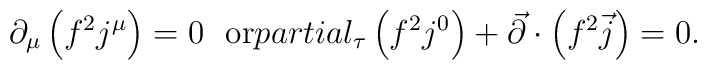
\partial_\mu\left(f^2j^\mu\right)=0\ \ {\rm or}\ \\partial_\tau\left(f^2j^0\right)+\vec{\partial}\cdot\left(f^2\vec{j}\right)=0.